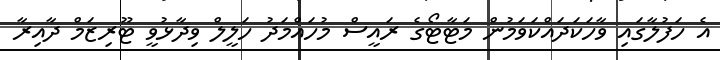
އެ ހަފުލާގައި ވާހަކަދައްކަވަމުން މަޓާޓޯގެ ރައީސް މުހައްމަދު ހަލީލް ވިދާޅުވީ ޓޫރިޒަމް ދާއިރާ